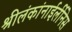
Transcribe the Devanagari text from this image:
श्रीलंकांनाईर्लीनेस